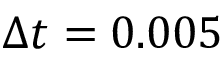
\Delta t = 0 . 0 0 5